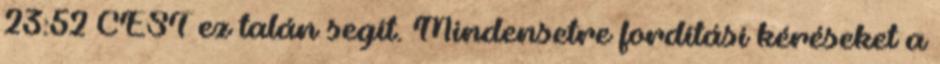
23:52 CEST ez talán segít. Mindensetre fordítási kéréseket a